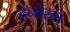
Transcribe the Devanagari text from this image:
देन्तेस्स